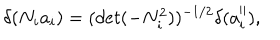
LaTeX: \delta ( N _ { i } a _ { i } ) = ( d e t ( - N _ { i } ^ { 2 } ) ) ^ { - 1 / 2 } \delta ( a _ { i } ^ { \parallel } ) ,